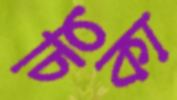
চিকা